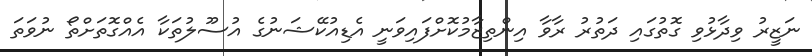
ނަޒީރު ވިދާޅުވި ގޮތުގައި ދަތުރު ރާވާ އިންތިޒާމުކޮށްފައިވަނީ އެޑިއުކޭޝަނުގެ އުސޫލުތަކާ އެއްގޮތަށްތޯ ނުވަތަ